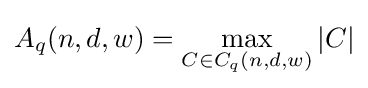
A_{q}(n,d,w)=\max _{C\in C_{q}(n,d,w)}|C|